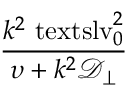
\displaystyle \frac { k ^ { 2 } \ensuremath { \mathrm { \ t e x t s l { v } } _ { 0 } } ^ { 2 } } { \upsilon + k ^ { 2 } \ensuremath { \mathcal { D } _ { \perp } } }